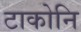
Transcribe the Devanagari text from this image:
टाकोनि